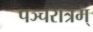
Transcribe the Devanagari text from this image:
पञ्चरात्रम्‌